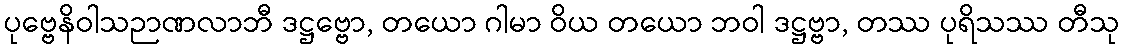
ပုဗ္ဗေနိဝါသဉာဏလာဘီ ဒဋ္ဌဗ္ဗော, တယော ဂါမာ ဝိယ တယော ဘဝါ ဒဋ္ဌဗ္ဗာ, တဿ ပုရိသဿ တီသု